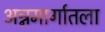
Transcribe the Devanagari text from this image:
अन्नमार्गातला